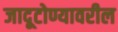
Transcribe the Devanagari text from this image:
जादूटोण्यावरील